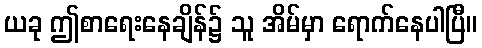
ယခု ဤစာရေးနေချိန်၌ သူ အိမ်မှာ ရောက်နေပါပြီ။